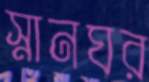
স্নানঘর